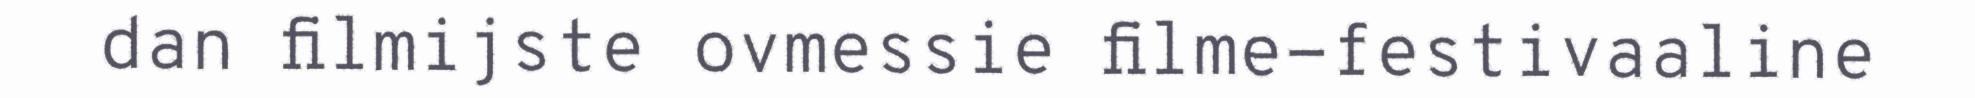
dan filmijste ovmessie filme-festivaaline